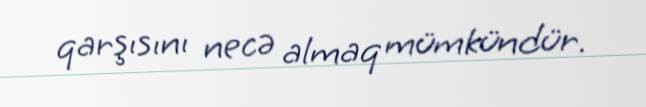
qarşısını necə almaq mümkündür.